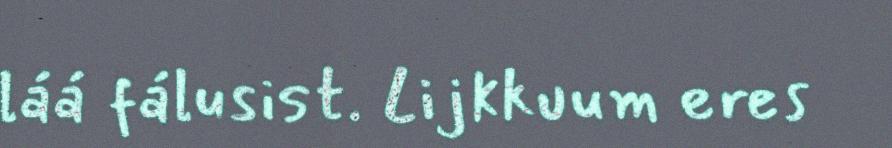
láá fálusist. Lijkkuum eres